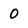
Character: 0